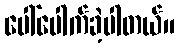
ပေါ်ပေါက်ခဲ့ပါတယ်။